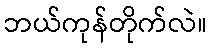
ဘယ်ကုန်တိုက်လဲ။